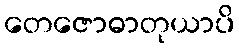
တေဇောဓာတုယာပိ